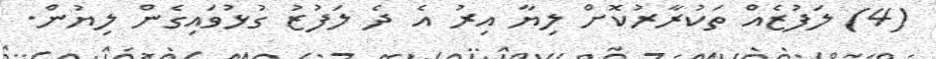
(4) ލަފުޒެއް ތަކުރާރުކޮށް ލިޔާ އިރު އެ ދެ ލަފުޒު ގުޅުވައިގެން ލިޔުން.